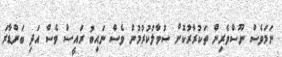
ނަމަވެސް ނޫސްވެރިން ތަކުރާރުކޮށް ސުވާލުކުރުމުން ވެސް ނައިބު ރައީސް ވެސް އަދި ބަންޑާރަ